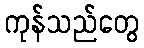
ကုန်သည်တွေ